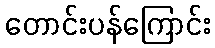
တောင်းပန်ကြောင်း